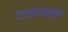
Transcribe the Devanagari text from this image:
दरवाज्यांवर